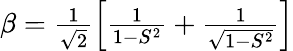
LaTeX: \begin{array}{r}{\beta=\frac{1}{\sqrt{2}}\left[\frac{1}{1-S^{2}}+\frac{1}{\sqrt{1-S^{2}}}\right]}\end{array}